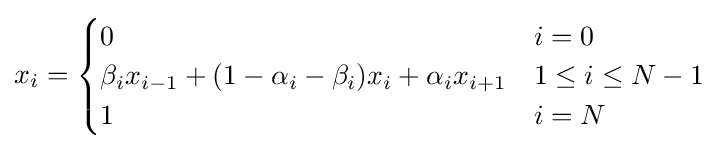
x_{i}={\begin{cases}0&i=0\\\beta _{i}x_{i-1}+(1-\alpha _{i}-\beta _{i})x_{i}+\alpha _{i}x_{i+1}&1\leq i\leq N-1\\1&i=N\end{cases}}